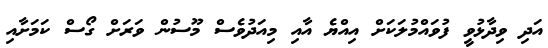
އަދި ވިދާޅުވީ ފުވައްމުލަކަށް އިއްޔެ އާއި މިއަދުވެސް މޫސުން ވަރަށް ގޯސް ކަމަށާއި